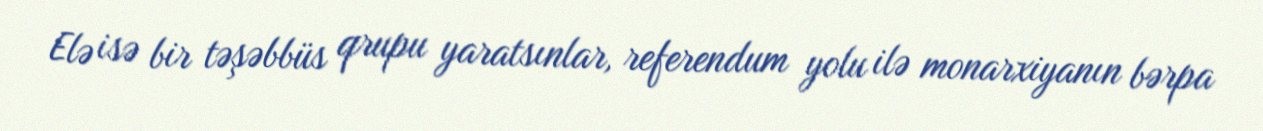
Elə isə bir təşəbbüs qrupu yaratsınlar, referendum yolu ilə monarxiyanın bərpa